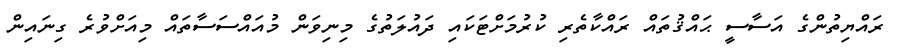
ރައްޔިތުންގެ އަސާސީ ޙައްޤުތައް ރައްކާތެރި ކުރުމަށްޓަކައި ދައުލަތުގެ މިނިވަން މުއައްސަސާތައް މިއަށްވުރެ ގިނައިން